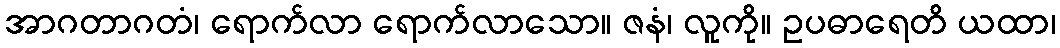
အာဂတာဂတံ၊ ရောက်လာ ရောက်လာသော။ ဇနံ၊ လူကို။ ဥပဓာရေတိ ယထာ၊